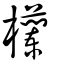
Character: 欗